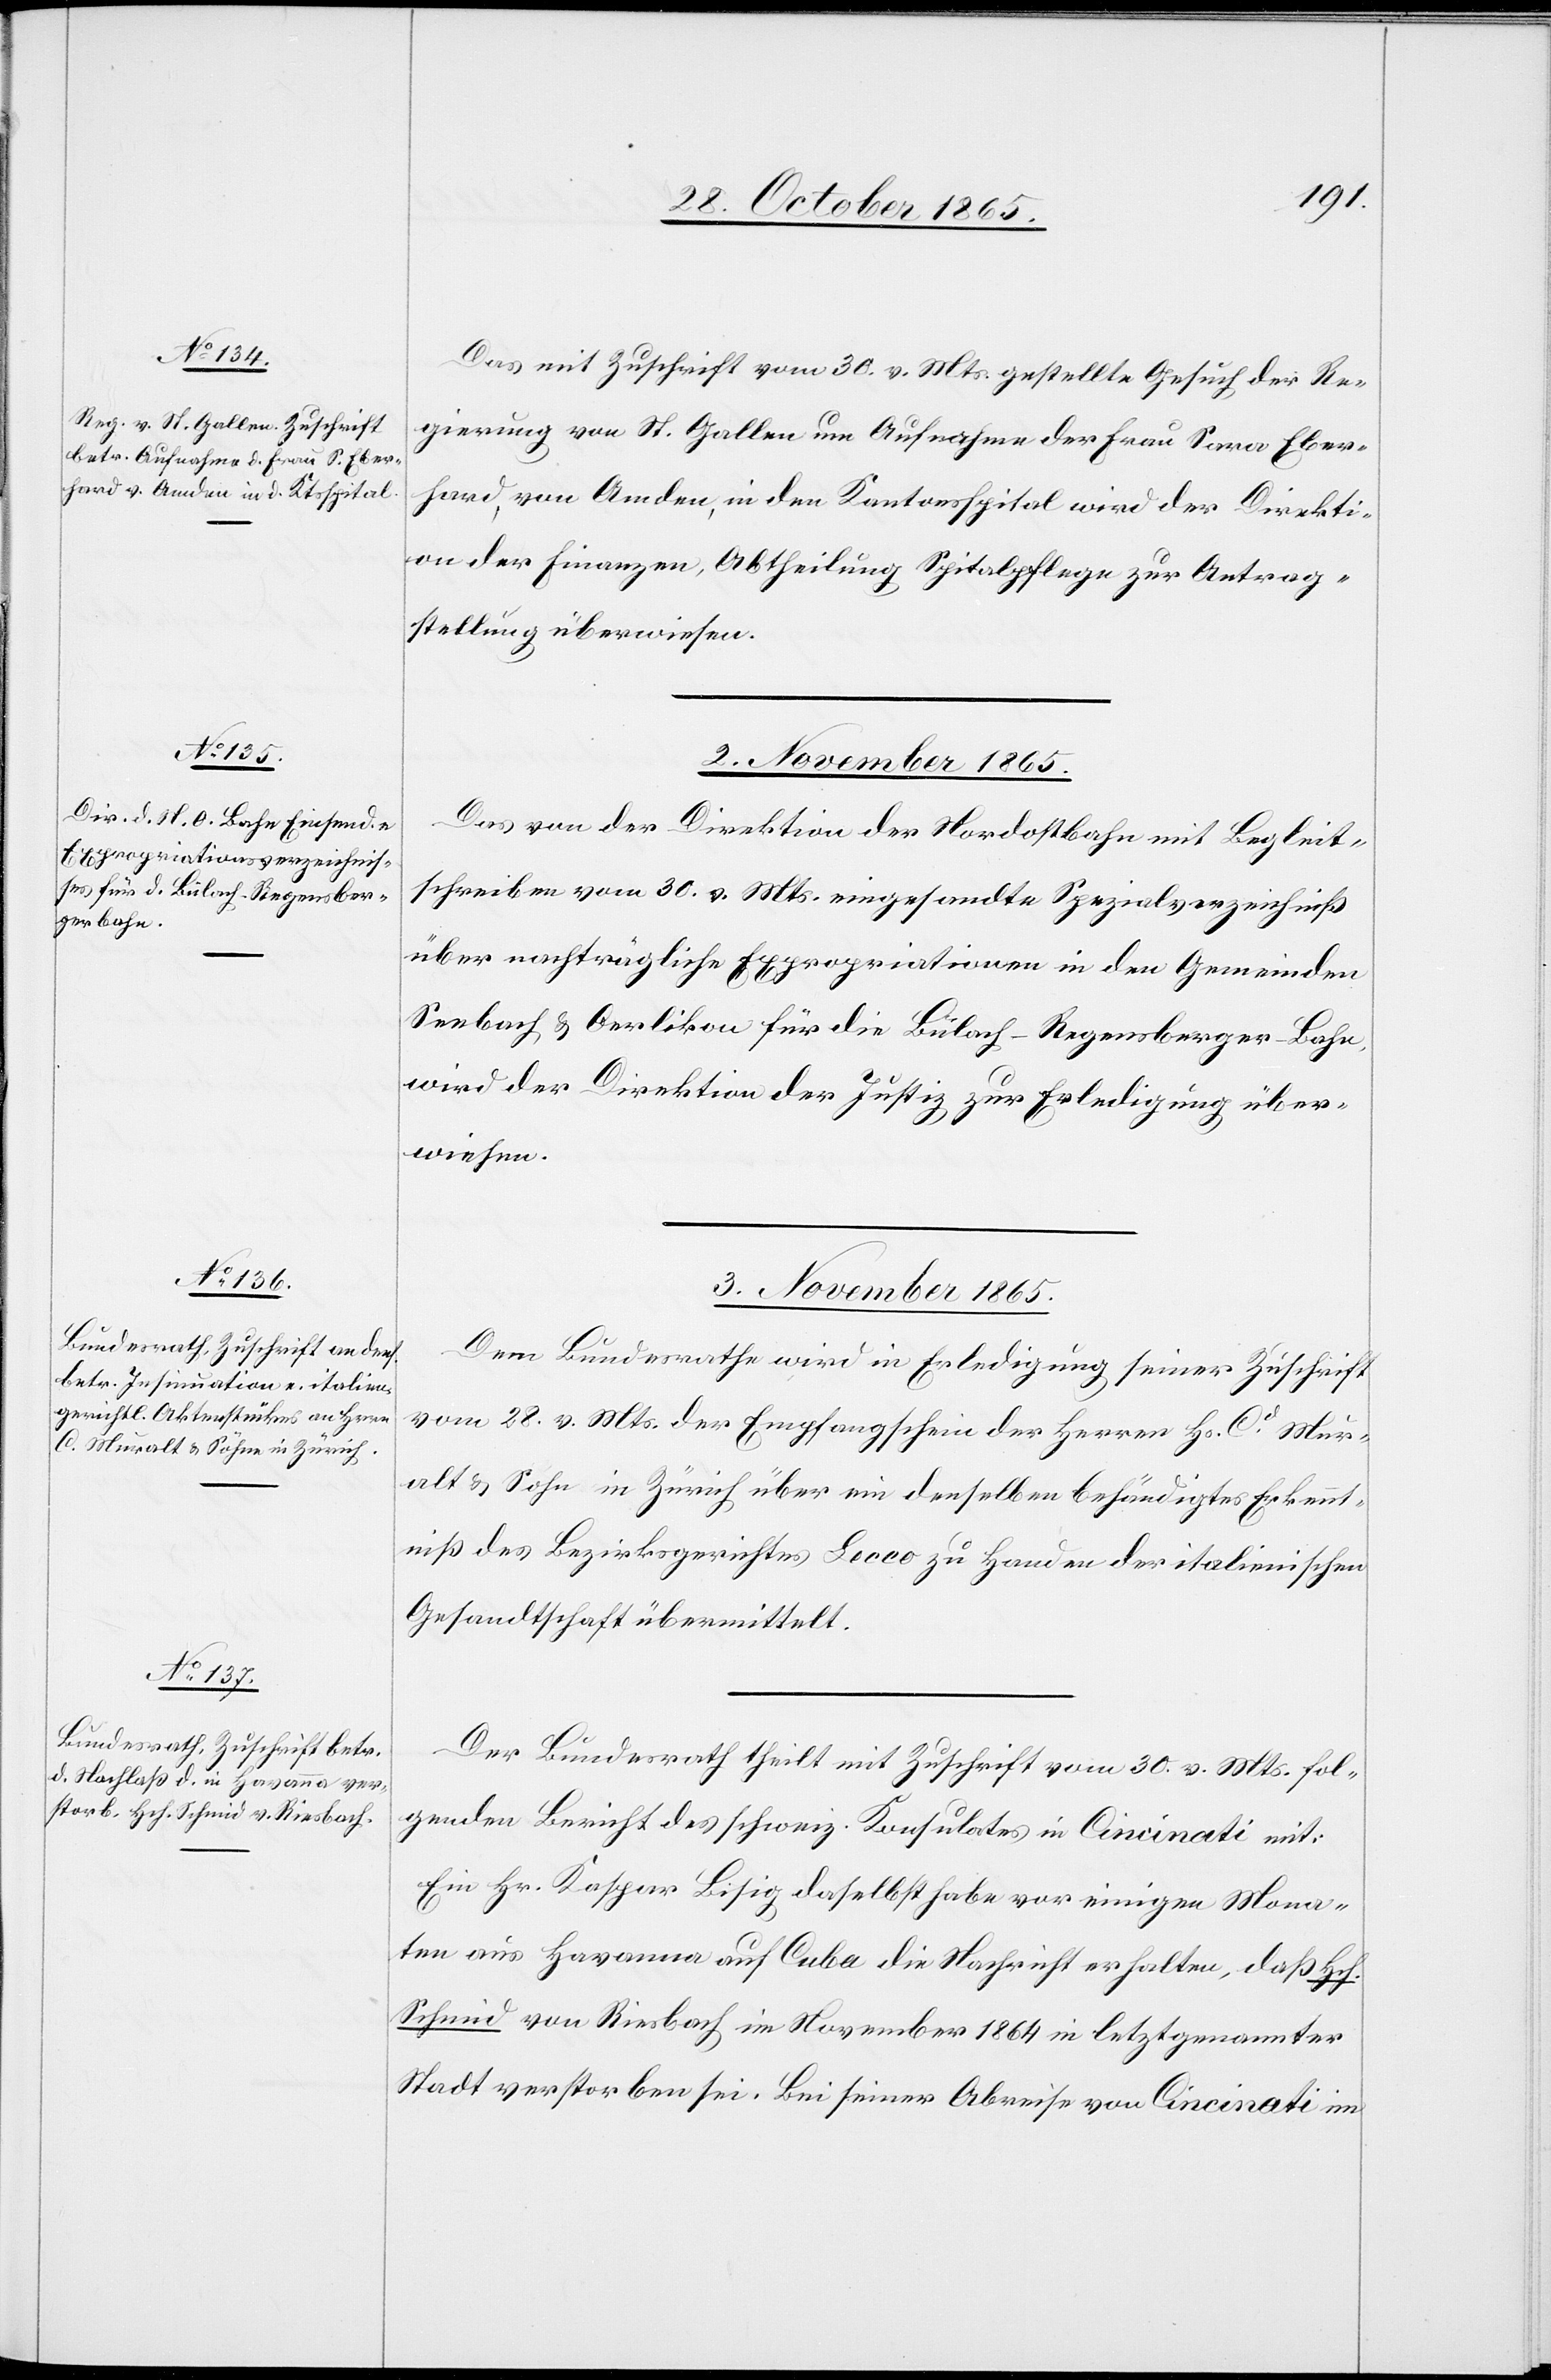
Das mit Zuschrift vom 30. v. Mts. gestellte Gesuch der Re¬
gierung von St. Gallen um Aufnahme der Frau Sara Eber¬
hard, von Amden, in den Kantonsspital wird der Direkti¬
on der Finanzen, Abtheilung Spitalpflege zur Antrag¬
stellung überwiesen.
3. November 1865.]
Das von der Direktion der Nordostbahn mit Begleit¬
schreiben vom 30. v. Mts. eingesandte Spezialverzeichniß
über nachträgliche Expropriationen in den Gemeinden
Seebach & Oerlikon für die Bülach–Regensberger-Bahn,
wird der Direktion der Justiz zur Erledigung über¬
wiesen.
3. November 1865.
Dem Bundesrathe wird in Erledigung seiner Zuschrift
vom 28. v. Mts. der Empfangschein der Herren Hs. Cd Mur¬
alt & Sohn in Zürich über ein denselben behändigtes Erkennt¬
niß des Bezirksgerichtes Lecco zu Handen der italienischen
Gesandtschaft übermittelt.
Der Bundesrath theilt mit Zuschrift vom 30. v. Mts. fol¬
genden Bericht des schweiz. Konsulates in Cincinati mit:
Ein Hr. Kaspar Bisig daselbst habe vor einigen Mona¬
ten aus Havanna auf Cuba die Nachricht erhalten, daß Hch.
Schmid von Riesbach im November 1864 in letztgenannter
Stadt verstorben sei. Bei seiner Abreise von Cincinati im